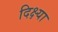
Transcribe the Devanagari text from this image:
दिक्ष्या